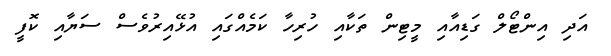
އަދި އިންޓޯލް ގަޑިއާއި މީޓިން ތަކާއި ހުރިހާ ކަމެއްގައި އުޅޭއިރުވެސް ސަޔާއި ކޮފީ